Annual report on the health of the army in India
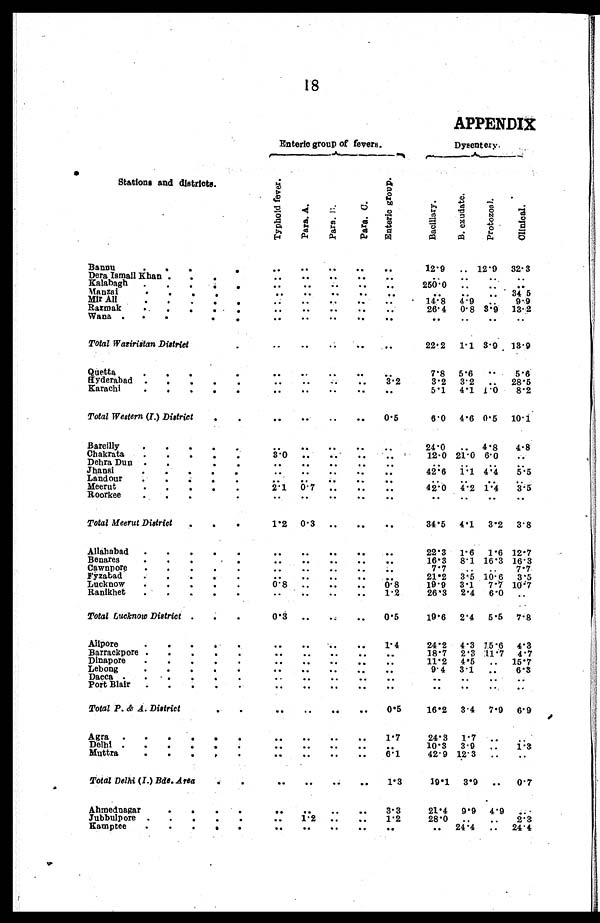
18
APPENDIX
Enteric group of fevers.
Dysentery.
Stations and districts.
T y p h o l d f e v e r .
P a r a . A .
P a r a . B .
P a r a . C .
E n t e r i c g r o u p .
B a c i l l a r y
B. e x u d a t e .
P r o t o z o a l .
C l i n i c a l .
Bannu
.
. .
. . . .
. .
. .
12.9 ..
1 2 . 9 32.3
Dera Ismail Khan
. .
. .
. .
. .
. .
. . ..
. .
. .
K a l a b a g h
. . .
. .
. .
. .
. .
. .
250.0 ..
. . ..
Manzai
. .
. .
. .
. .
. .
..
. .
34 5
Mir Ali
. .
. .
. .
. .
. .
14.8 4.9 ..
9.9
Razmak
.
.
. .
. .
. .
. . ..
26.4 0.8 3.9 13.2
Wana .
.
.
. .
. .
. .
. .
. .
. .
. .
..
. .
. .
Total Waziristan District
..
..
. .
. . ..
22.2 1.1 3.9 13.9
Quetta
. . .
..
..
. .
. .
. .
7.8 5.6
. . 5.6
Hyderabad
. .
. .
. . ..
3.2
3.2 3.2 .. 28.5
Karachi
. . . . .
. .
. .
. .
. .
. .
5.1 4.1 1.0
8.2
Total Western (I.) District
.
.
.. ..
..
..
0.5
6.0 4.6 0.5 10.1
Bareilly
..
..
. . ..
..
24.0 .. 4.8
4.8
Chakrata
.
. . . .
3.0 ..
. . ..
. .
12.0 21.0 6.0
. .
Dehra Dun .
.
. .
. .
. .
. .
. .
. .
..
. .
. .
Jhansi
.
. .
..
..
. .
. .
..
42.6 1.1 4.4
5.5
Landour
. .
. .
. .
. .
. .
. .
..
..
. .
Meerut
2.1 0.7 ..
. .
. .
42.0 4.2 1.4
3.5
Roorkee
.
.
..
. .
. .
. .
. .
. .
..
..
. .
Total Meerut District
.
.
1.2 0.3 ..
. .
..
34.5 4.1 3.2 3.8
Allahabad .
.
.
.
.
..
. .
. .
. .
. .
22.3 1.6 1.6 12.7
Benares
. .
. .
. .
. .
. .
. .
16.3 8.1 16.3 16.3
Cawnpore
. . . . .
. .
. .
. .
. .
. .
7.7
. . ..
7.7
Fyzabad
. .
. .
. .
. .
. .
21.2 3.5 10.6 3.5
Lucknow
0.8 ..
..
..
0.8
19.9 3.1 7.7 10.7
Ranikhet
..
..
. .
. . 1.2
26.3 2.4 6.0 ..
Total Lucknow District .
.
.
0 . 3 ..
..
..
0.5
19.6 2.4 5.5 7.8
Alipore
. .
. .
. .
. .
1.4
24.2 4.3 15.6 4.3
Barrackpore .
.
.
.
.
. .
. .
. .
. .
. .
18.7 2.3 11.7 4.7
Dinapore
.
.
.
.
.
. .
. .
. .
. .
. .
11.2 4.5 .. 15.7
Lebong
. .
. .
. .
. .
. .
9.4 3.1 ..
6.3
Dacca .
. .
. .
. .
. .
. .
. .
. .
..
..
. .
Port Blair .
. .
. .
. .
. .
. .
..
..
. .
. .
Total P. & A. District
. .
. .
..
. .
. . 0.5
16.2 3.4 7.9 6.9
Agra .
. . . . .
. .
. .
. .
. .
1 . 7
24.3 1.7
. . ..
Delhi .
.
.
.
.
.
..
. .
. .
. .
. .
10.3 3.9 ..
1.3
Muttra
..
. .
. .
. .
6.1
42.9 12.3 ..
..
Total Delhi (I.) Bde. Area
.. ..
. .
..
1 . 3
19.1 3.9 .. 0.7
Ahmednagar
.
.
.
.
. .
..
. .
. . 3.3
21.4 9.9 4.9 ..
Jubbulpore .
.
.
.
.
..
1. 2
. .
. . 1.2
28.0 ..
..
2.3
Kamptee
.
.
.
. .
. .
. .
. .
. .
. .
. .
24.4 .. 24.4